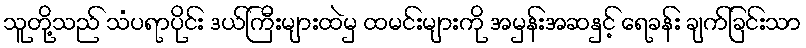
သူတို့သည် သံပရာပိုင်း ဒယ်ကြီးများထဲမှ ထမင်းများကို အမှန်းအဆနှင့် ရေခန်း ချက်ခြင်းသာ